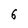
Character: 6